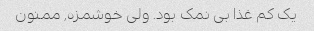
یک کم غذا بی نمک بود. ولی خوشمزه, ممنون